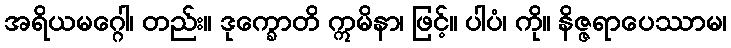
အရိယမဂ္ဂေါ၊ တည်း။ ဒုက္ခောတိ ဣမိနာ၊ ဖြင့်။ ပါပံ၊ ကို။ နိဇ္ဇရာပေဿာမ၊